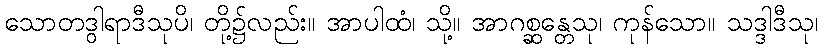
သောတဒွါရာဒီသုပိ၊ တို့၌လည်း။ အာပါထံ၊ သို့။ အာဂစ္ဆန္တေသု၊ ကုန်သော။ သဒ္ဒါဒီသု၊